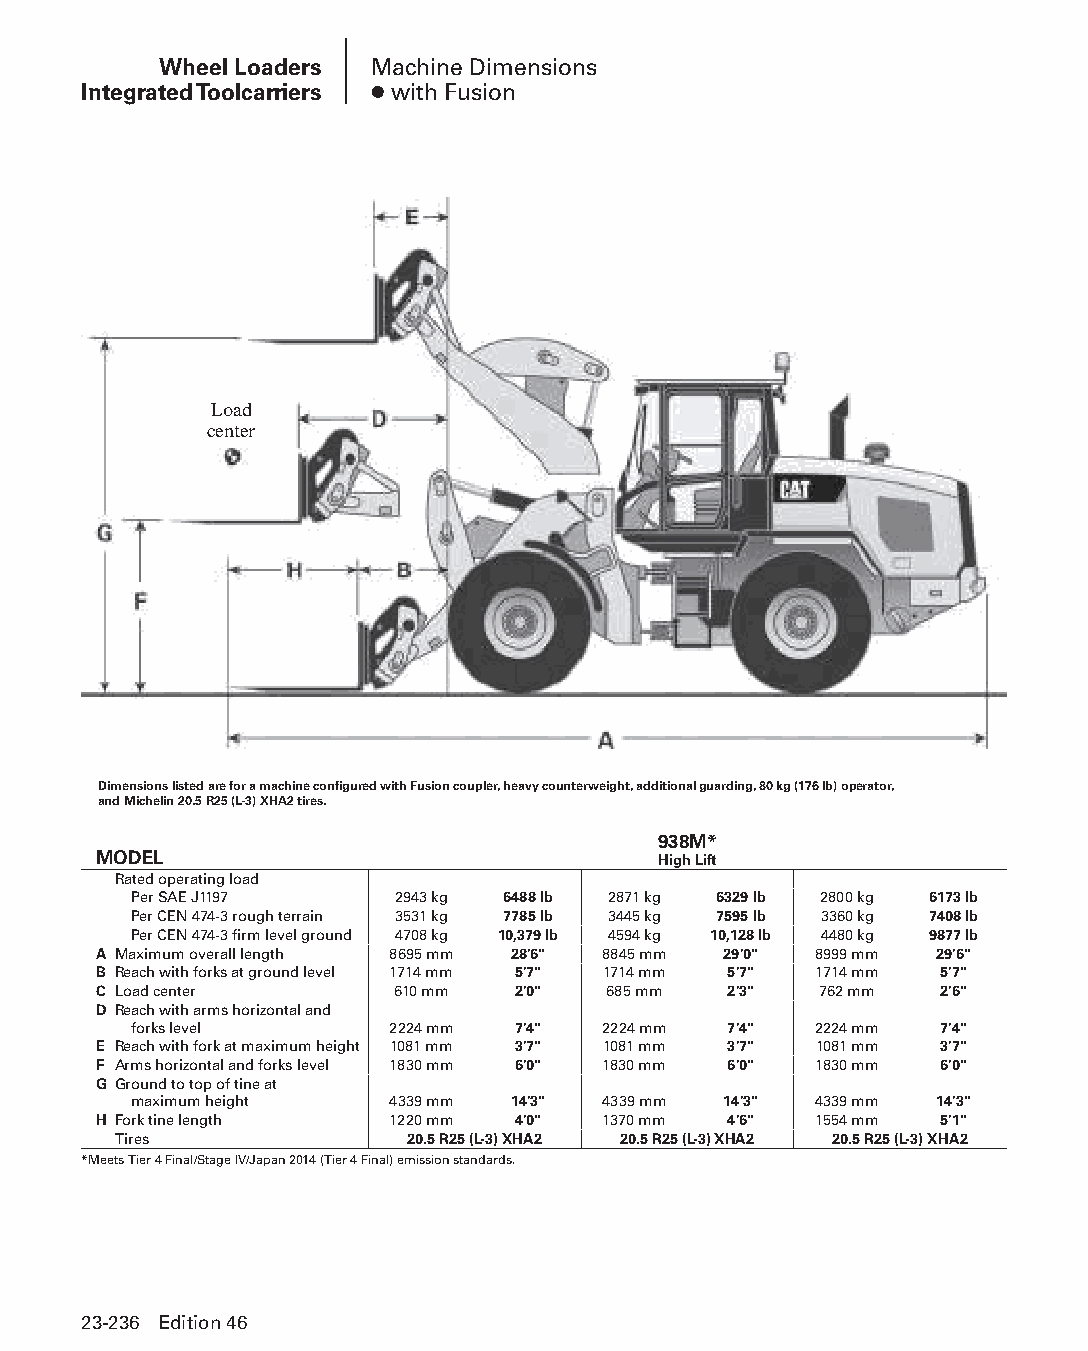
Wheel Loaders Machine Dimensions
 Integrated Toolcarriers ● with Fusion
 Load
 center
 Dimensions listed are for a machine configured with Fusion coupler, heavy counterweight, additional guarding, 80 kg (176 lb) operator,
 and Michelin 20.5 R25 (L-3) XHA2 tires.
 938M*
 MODEL                                High Lift
 Rated operating load
 Per SAE J1197     2943 kg 6488 lb 2871 kg 6329 lb 2800 kg 6173 lb
 Per CEN 474-3 rough terrain 3531 kg 7785 lb 3445 kg 7595 lb 3360 kg 7408 lb
 Per CEN 474-3 firm level ground 4708 kg 10,379 lb 4594 kg 10,128 lb 4480 kg 9877 lb
 A Maximum overall length 8695 mm 28'6" 8845 mm 29'0" 8999 mm 29'6"
 B Reach with forks at ground level 1714 mm 5'7" 1714 mm 5'7" 1714 mm 5'7"
 C Load center      610 mm  2'0"   685 mm  2'3"  762 mm  2'6"
 D Reach with arms horizontal and
 forks level      2224 mm 7'4"  2224 mm  7'4" 2224 mm  7'4"
 E Reach with fork at maximum height 1081 mm 3'7" 1081 mm 3'7" 1081 mm 3'7"
 F Arms horizontal and forks level 1830 mm 6'0" 1830 mm 6'0" 1830 mm 6'0"
 G Ground to top of tine at
 maximum height   4339 mm 14'3" 4339 mm 14'3" 4339 mm 14'3"
 H Fork tine length 1220 mm 4'0"  1370 mm  4'6" 1554 mm  5'1"
 Tires              20.5 R25 (L-3) XHA2 20.5 R25 (L-3) XHA2 20.5 R25 (L-3) XHA2
 *Meets Tier 4 Final/Stage IV/Japan 2014 (Tier 4 Final) emission standards.
 23-236 Edition 46
 PPHHBB--SSeecc2233((ppgg220077--332244))..iinndddd 223366      1122//44//1155 22::1122 PPMM